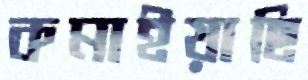
কমাইয়াছি